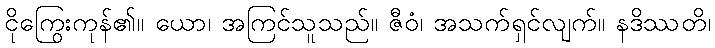
ငိုကြွေးကုန်၏။ ယော၊ အကြင်သူသည်။ ဇီဝံ၊ အသက်ရှင်လျက်။ နဒိဿတိ၊